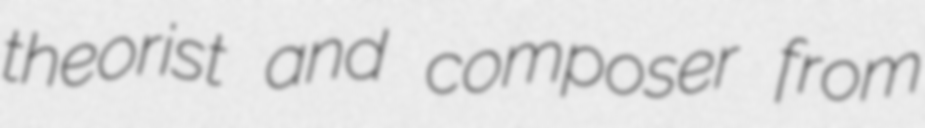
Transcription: theorist and composer from